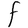
Character: F